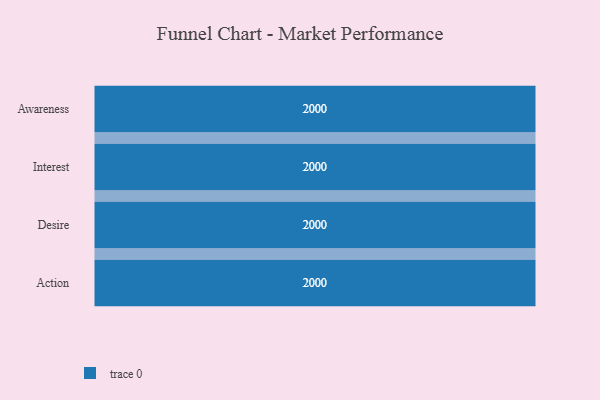
{"axis": {"x": "Stage", "y": "Value"}, "legend": [""], "data": [{"x": "Awareness", "y": 2000, "type": ""}, {"x": "Interest", "y": 2000, "type": ""}, {"x": "Desire", "y": 2000, "type": ""}, {"x": "Action", "y": 2000, "type": ""}]}